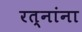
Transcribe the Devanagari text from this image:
रत्नांना